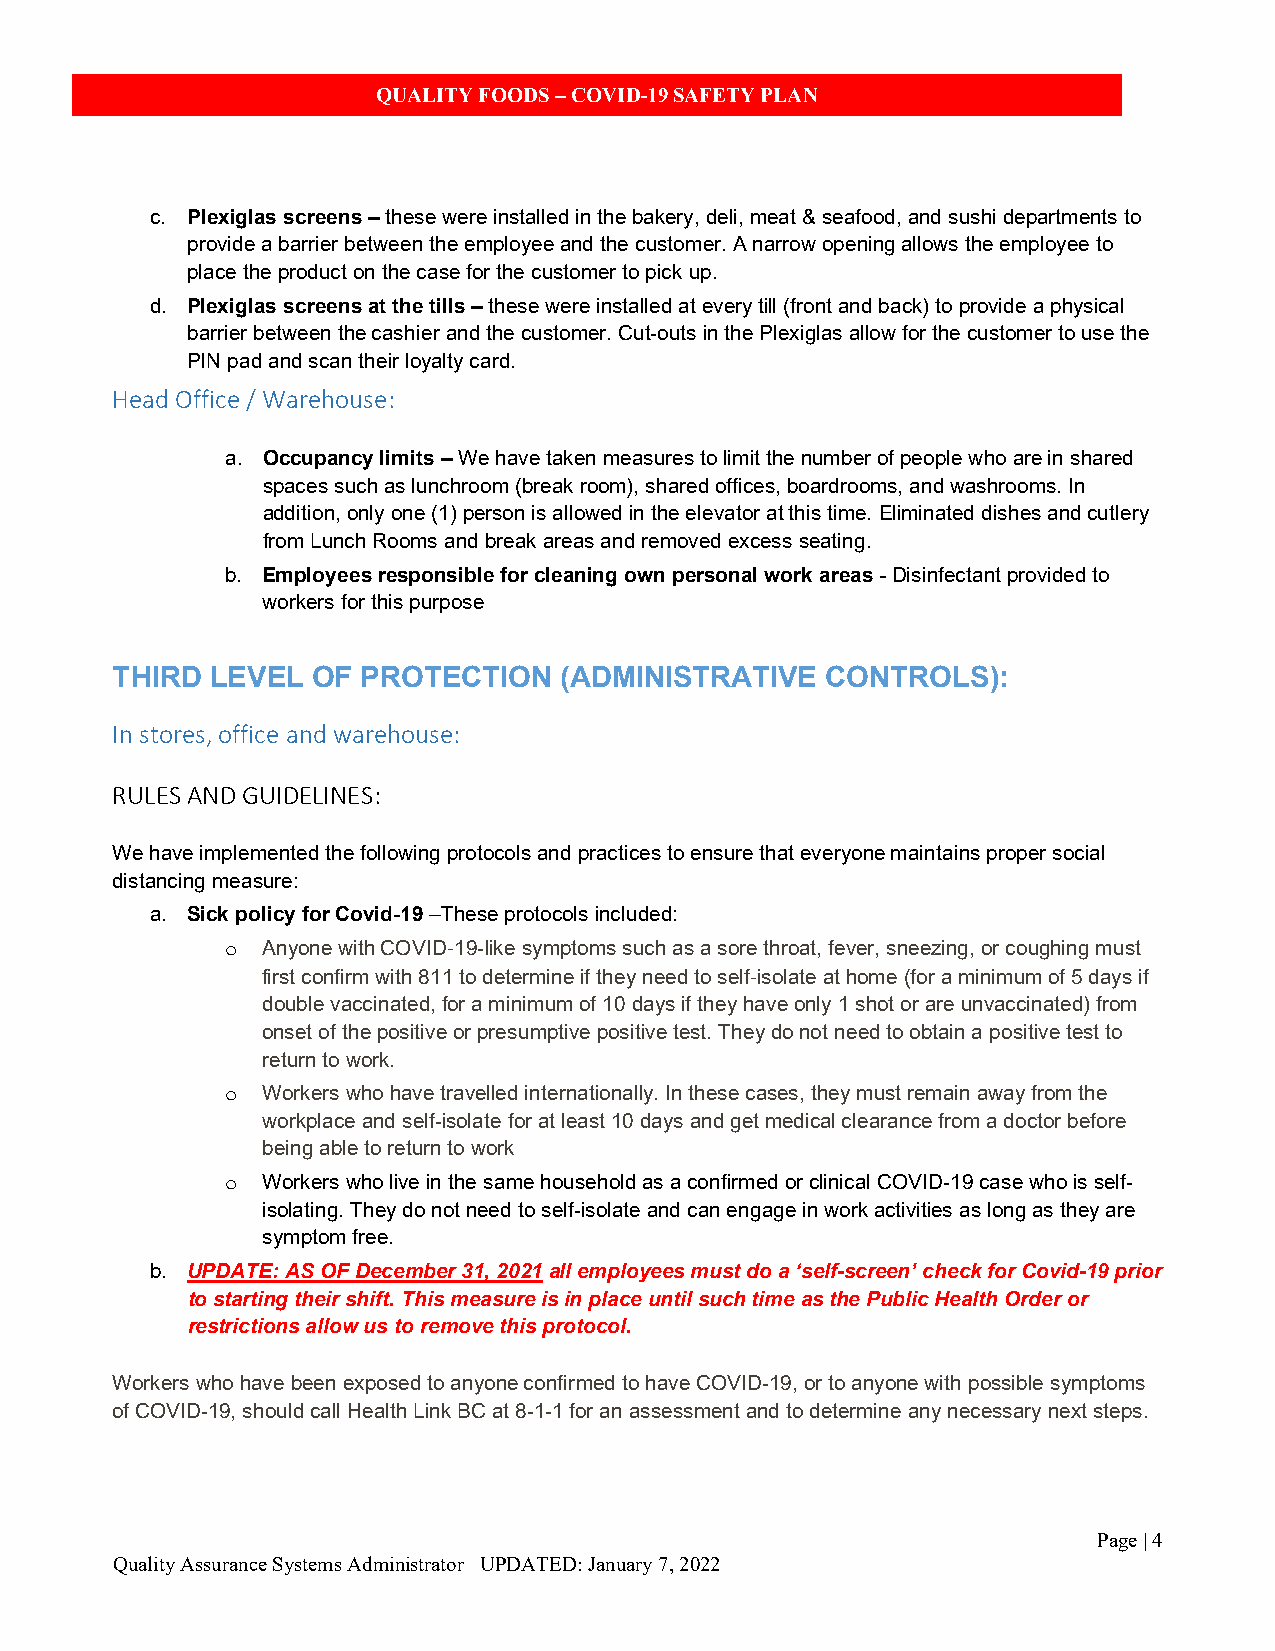
QUALITY FOODS – COVID-19 SAFETY PLAN
 c. Plexiglas screens – these were installed in the bakery, deli, meat & seafood, and sushi departments to
 provide a barrier between the employee and the customer. A narrow opening allows the employee to
 place the product on the case for the customer to pick up.
 d. Plexiglas screens at the tills – these were installed at every till (front and back) to provide a physical
 barrier between the cashier and the customer. Cut-outs in the Plexiglas allow for the customer to use the
 PIN pad and scan their loyalty card.
 Head Office / Warehouse:
 a. Occupancy limits – We have taken measures to limit the number of people who are in shared
 spaces such as lunchroom (break room), shared offices, boardrooms, and washrooms. In
 addition, only one (1) person is allowed in the elevator at this time. Eliminated dishes and cutlery
 from Lunch Rooms and break areas and removed excess seating.
 b. Employees responsible for cleaning own personal work areas - Disinfectant provided to
 workers for this purpose
 THIRD  LEVEL  OF PROTECTION   (ADMINISTRATIVE   CONTROLS):
 In stores, office and warehouse:
 RULES AND GUIDELINES:
 We have implemented the following protocols and practices to ensure that everyone maintains proper social
 distancing measure:
 a. Sick policy for Covid-19 –These protocols included:
 Anyone with COVID 19-like symptoms such as a sore throat, fever, sneezing, or coughing must
 o
 first confirm with 811 to determine if they need to self isolate at home (for a minimum of 5 days if
 ‐
 double vaccinated, for a minimum of 10 days if they have only 1 shot or are unvaccinated) from
 ‐
 onset of the positive or presumptive positive test. They do not need to obtain a positive test to
 return to work.
 Workers who have travelled internationally. In these cases, they must remain away from the
 o
 workplace and self-isolate for at least 10 days and get medical clearance from a doctor before
 being able to return to work
 Workers who live in the same household as a confirmed or clinical COVID-19 case who is self-
 o
 isolating. They do not need to self-isolate and can engage in work activities as long as they are
 symptom free.
 b. UPDATE: AS OF December 31, 2021 all employees must do a ‘self-screen’ check for Covid-19 prior
 to starting their shift. This measure is in place until such time as the Public Health Order or
 restrictions allow us to remove this protocol.
 Workers who have been exposed to anyone confirmed to have COVID-19, or to anyone with possible symptoms
 of COVID-19, should call Health Link BC at 8-1-1 for an assessment and to determine any necessary next steps.
 Page | 4
 Quality Assurance Systems Administrator UPDATED: January 7, 2022